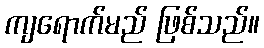
ကျရောက်မည် ဖြစ်သည်။